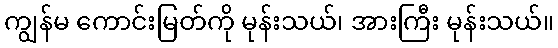
ကျွန်မ ကောင်းမြတ်ကို မုန်းသယ်၊ အားကြီး မုန်းသယ်။